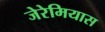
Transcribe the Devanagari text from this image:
जेरेमियास